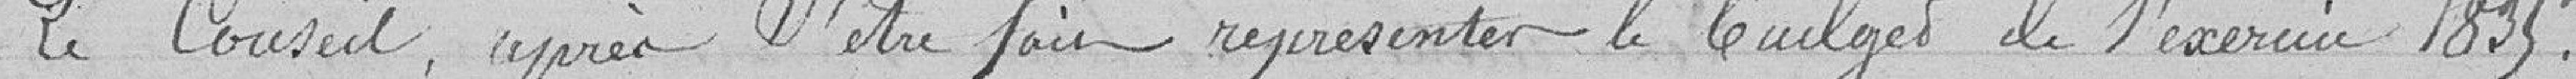
Le Conseil, après s'être fait représenter le budget de l'exercice 1835